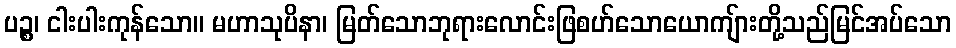
ပဉ္စ၊ ငါးပါးကုန်သော။ မဟာသုပိနာ၊ မြတ်သောဘုရားလောင်းဖြစဟ်သောယောကျ်ားတို့သည်မြင်အပ်သော